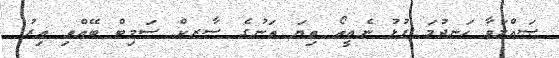
ޞައްލަވާ ހަނދުމަ ފުޅު ނެތީތޯ ތިޔަ ތަނުގެ ސާރކް ސަމިޓް ބޭއްވި އިރު